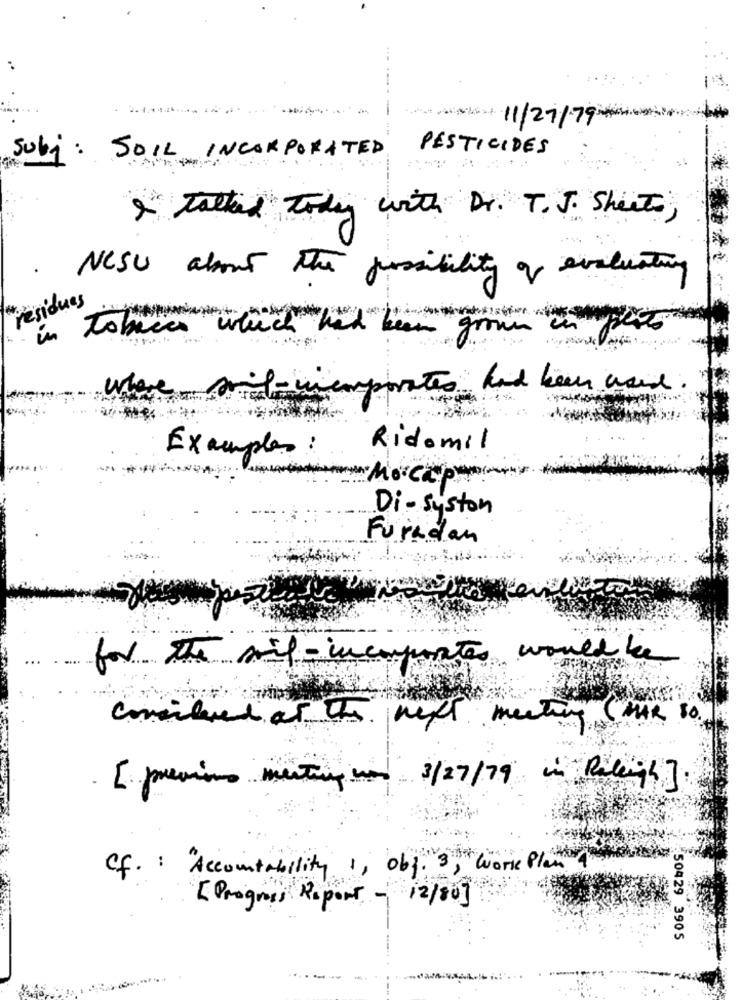
---- --
11/27/ 79##
PESTICIDES
Subj: SOIL INCORPORATED
I Talked today with Dr. T.J. Sheets,
.
NCSU about the possibility of evaluating
residues
in Tobacco
"which had been grown in
whe
al- unemporates had been used
Ridomil
Examples:
Mocap
Di- syston
Furadan
for the mil- incorporates would be
y (MAR TO.
considered of the next meeting
[ previous meeting non 3/27/79 in Raleigh]
Cf. : "Accountability 1, obj . 3, " Work Plan"
[ Progress Report - 12/80]
50429 3905